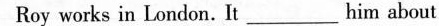
Roy works in London. It ___ him about